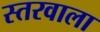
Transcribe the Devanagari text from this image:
स्तरवाला